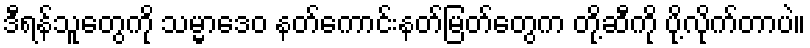
ဒီရန်သူတွေကို သမ္မာဒေဝ နတ်ကောင်းနတ်မြတ်တွေက တို့ဆီကို ပို့လိုက်တာပဲ။